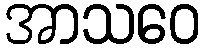
အာသဝေ